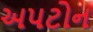
અપટોન